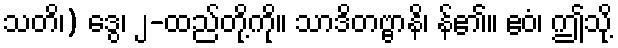
သတိ၊) ဒွေ၊ ၂-ထည်တို့ကို။ သာဒိတဗ္ဗာနိ၊ န်၏။ ဧဝံ၊ ဤသို့